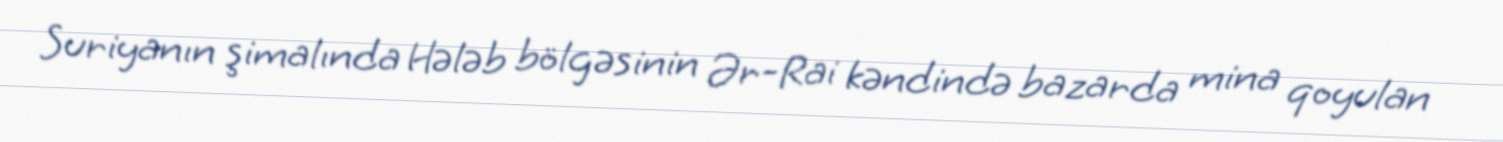
Suriyanın şimalında Hələb bölgəsinin Ər-Rai kəndində bazarda mina qoyulan